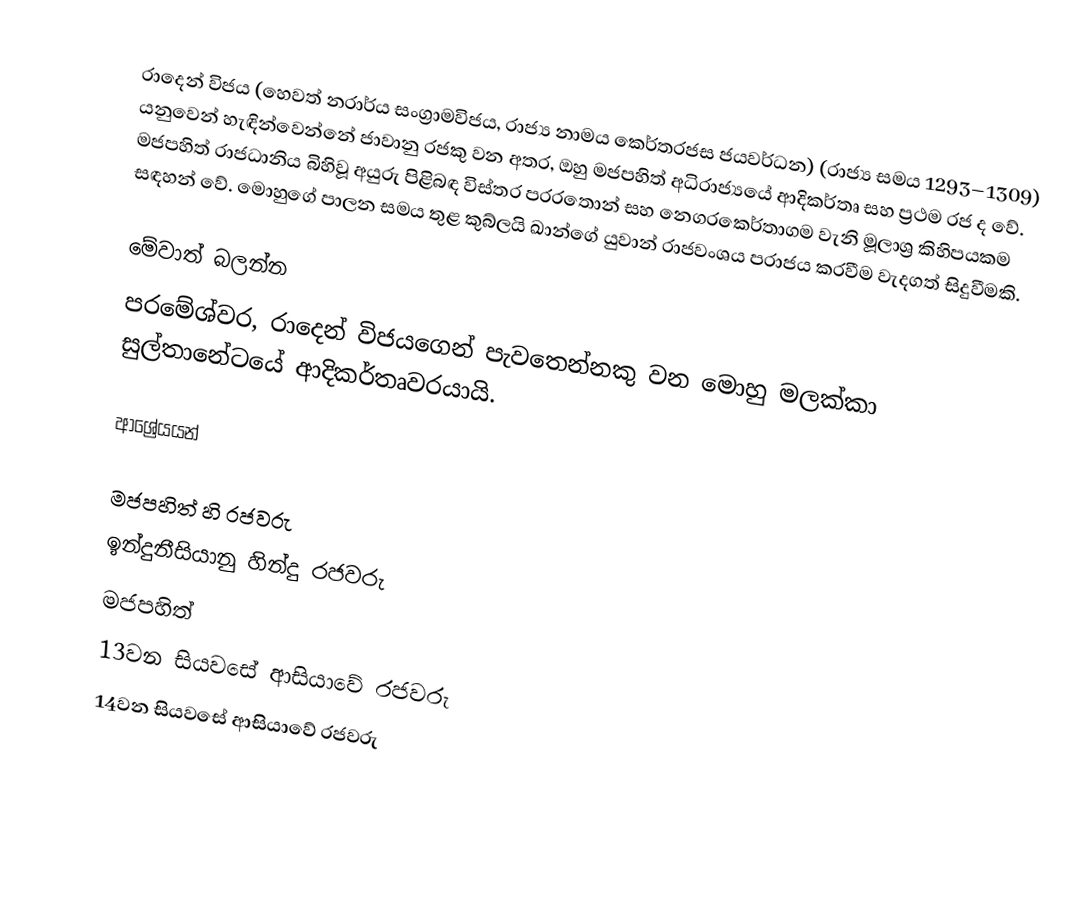
රාදෙන් විජය (හෙවත් නරාර්ය සංග්‍රාමවිජය, රාජ්‍ය නාමය කෙර්තරජස ජයවර්ධන) (රාජ්‍ය සමය 1293–1309) යනුවෙන් හැඳින්වෙන්නේ ජාවානු රජකු වන අතර, ඔහු මජපහිත් අධිරාජ්‍යයේ ආදිකර්තෘ සහ ප්‍රථම රජ ද වේ. මජපහිත් රාජධානිය බිහිවූ අයුරු පිළිබඳ විස්තර පරරතොන් සහ නෙගරකෙර්තාගම වැනි මූලාශ්‍ර කිහිපයකම සඳහන් වේ. මොහුගේ පාලන සමය තුළ කුබ්ලයි ඛාන්ගේ යුවාන් රාජවංශය පරාජය කරවීම වැදගත් සිදුවීමකි.

මේවාත් බලන්න
 පරමේශ්වර, රාදෙන් විජයගෙන් පැවතෙන්නකු වන මොහු මලක්කා සුල්තානේටයේ ආදිකර්තෘවරයායි.

ආශ්‍රේයයන්

මජපහිත් හි රජවරු
ඉන්දුනීසියානු හින්දු රජවරු
මජපහිත්
13වන සියවසේ ආසියාවේ රජවරු
14වන සියවසේ ආසියාවේ රජවරු